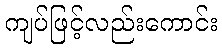
ကျပ်ဖြင့်လည်းကောင်း